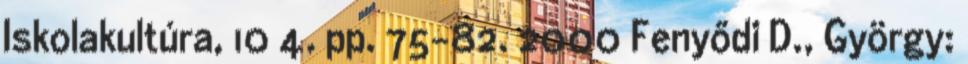
Iskolakultúra, 10 4. pp. 75-82. 2000 Fenyődi D., György: